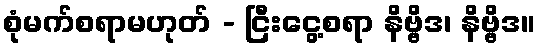
စုံမက်စရာမဟုတ် - ငြီးငွေ့စရာ နိဗ္ဗိဒ၊ နိဗ္ဗိဒ။